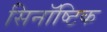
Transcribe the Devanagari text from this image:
सिनॉष्टिक